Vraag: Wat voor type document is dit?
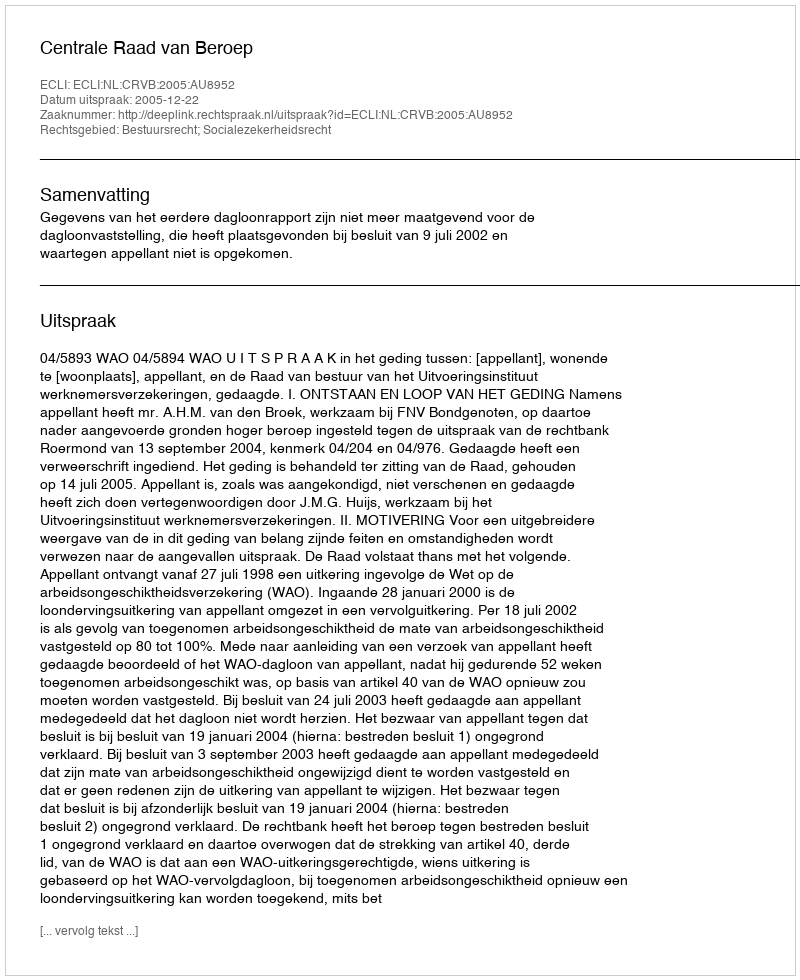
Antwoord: Uitspraak